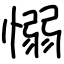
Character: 愵